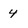
Character: 4